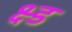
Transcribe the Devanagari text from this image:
क्ष्ड